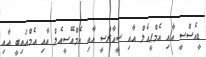
ޑީއެސްސީ އާއި އެމްޕީއެލް އާއި ސީއާރްސީ އާއި އެމްއޭސީއެލް އާއި އެމްއައިބީ އާއި